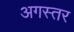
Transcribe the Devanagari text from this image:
अगस्तर